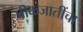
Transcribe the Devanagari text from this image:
पीकजातींचा